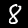
Digit: 8